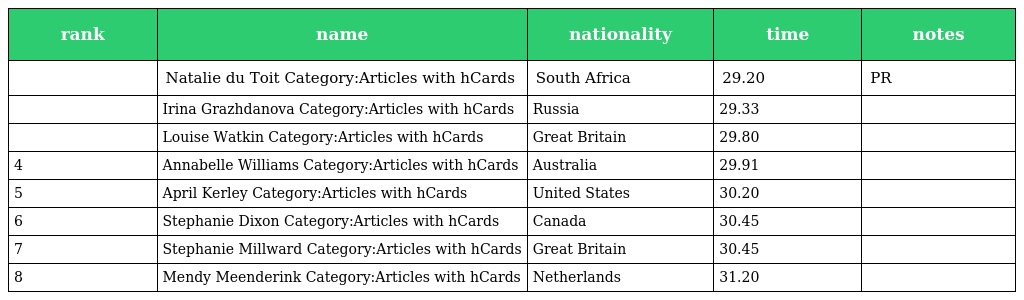
| rank | name | nationality | time | notes |
 | --- | --- | --- | --- | --- |
 |  | Natalie du Toit Category:Articles with hCards | South Africa | 29.20 | PR |
 |  | Irina Grazhdanova Category:Articles with hCards | Russia | 29.33 |  |
 |  | Louise Watkin Category:Articles with hCards | Great Britain | 29.80 |  |
 | 4 | Annabelle Williams Category:Articles with hCards | Australia | 29.91 |  |
 | 5 | April Kerley Category:Articles with hCards | United States | 30.20 |  |
 | 6 | Stephanie Dixon Category:Articles with hCards | Canada | 30.45 |  |
 | 7 | Stephanie Millward Category:Articles with hCards | Great Britain | 30.45 |  |
 | 8 | Mendy Meenderink Category:Articles with hCards | Netherlands | 31.20 |  |